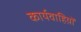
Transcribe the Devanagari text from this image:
कार्यवाहिय़ों